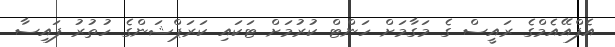
އެފްއޭއެމްގެ ރައީސް ގެ މަގާމަށް ހަންޓް ކުރުމަށް ޓަކައި ކަރަޕްޝަންގެ ހުތުރު ފައިސާ